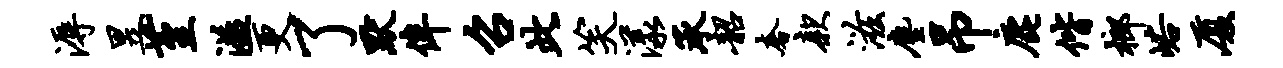
溽昱堇溢更了默侔召此笑漾承韶奢款滋尘吊鹿偕榔峪厦